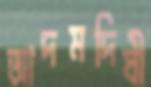
আদমদিঘী